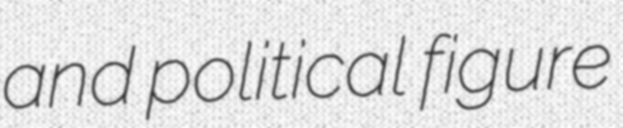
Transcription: and political figure